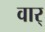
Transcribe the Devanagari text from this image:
वार्